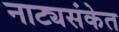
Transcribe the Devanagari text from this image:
नाट्यसंकेत